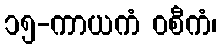
၁၅-ကာယကံ ဝစီကံ၊